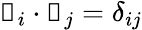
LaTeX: \boldsymbol{\mathscr{x}}_{i}\cdot\boldsymbol{\mathscr{x}}_{j}=\delta_{ij}